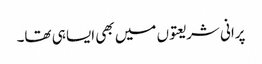
پرانی شریعتوں میں بھی ایسا ہی تھا۔